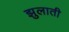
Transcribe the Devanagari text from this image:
झुलाती